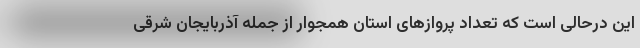
این درحالی است که تعداد پروازهای استان همجوار از جمله آذربایجان شرقی